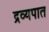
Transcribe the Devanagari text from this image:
द्रव्यपात